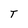
Character: T